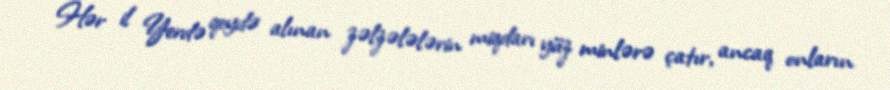
Hər il Yerdə qeydə alınan zəlzələlərin miqdarı yüz minlərə çatır, ancaq onların